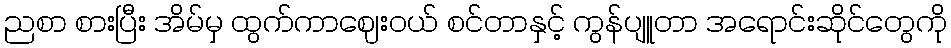
ညစာ စားပြီး အိမ်မှ ထွက်ကာဈေးဝယ် စင်တာနှင့် ကွန်ပျူတာ အရောင်းဆိုင်တွေကို